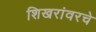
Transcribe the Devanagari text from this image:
शिखरांवरचे